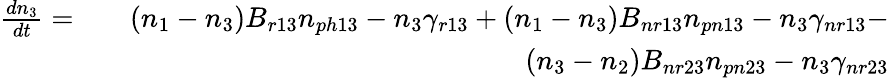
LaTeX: \begin{array}{rlr}{\frac{dn_{3}}{dt}=}&{}&{(n_{1}-n_{3})B_{r13}n_{ph13}-n_{3}\gamma_{r13}+(n_{1}-n_{3})B_{nr13}n_{pn13}-n_{3}\gamma_{nr13}-}\\ &{}&{(n_{3}-n_{2})B_{nr23}n_{pn23}-n_{3}\gamma_{nr23}}\end{array}